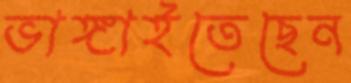
ভাঙ্গাইতেছেন